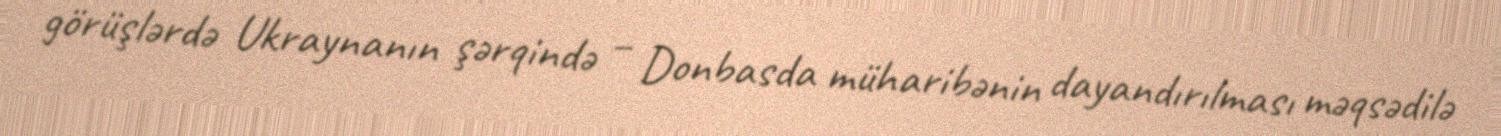
görüşlərdə Ukraynanın şərqində – Donbasda müharibənin dayandırılması məqsədilə